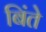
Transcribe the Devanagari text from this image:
बिंते